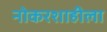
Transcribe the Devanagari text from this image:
नोकरशाहीला